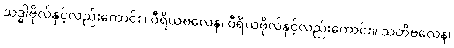
သဒ္ဓါဗိုလ်နှင့်လည်းကောင်း။ ဝီရိယဗလေန၊ ဝီရိယဗိုလ်နှင့်လည်းကောင်း။ သတိဗလေန၊